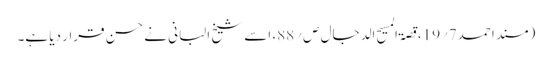
(مسند احمد7؍19،قصۃ المسیح الدجال ص؍88، اسے شیخ البانی نے حسن قرار دیا ہے۔